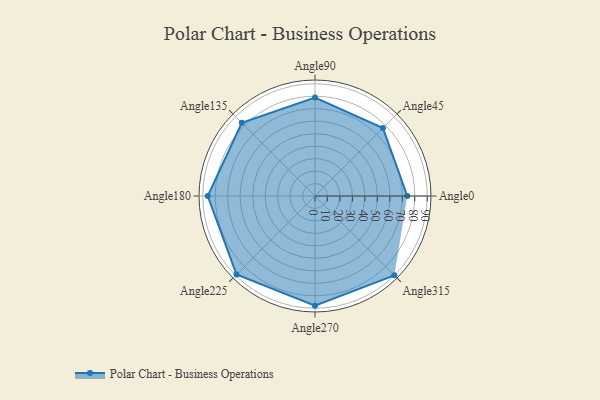
{"axis": {"x": "Angle", "y": "Radius"}, "legend": [""], "data": [{"x": "Angle0", "y": 74.0, "type": ""}, {"x": "Angle45", "y": 77.0, "type": ""}, {"x": "Angle90", "y": 79.0, "type": ""}, {"x": "Angle135", "y": 83.0, "type": ""}, {"x": "Angle180", "y": 86.0, "type": ""}, {"x": "Angle225", "y": 89.0, "type": ""}, {"x": "Angle270", "y": 88.0, "type": ""}, {"x": "Angle315", "y": 90.0, "type": ""}]}